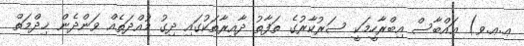
ޢ.ޢ.ވ) ޢައްބާސް އިބްރާހީމަކީ ސަރުކާރުގެ ތަފާތު ދާއިރާތަކުގައި ދިގު މުއްދަތެއް ވަންދެން ޚިދްމަތް